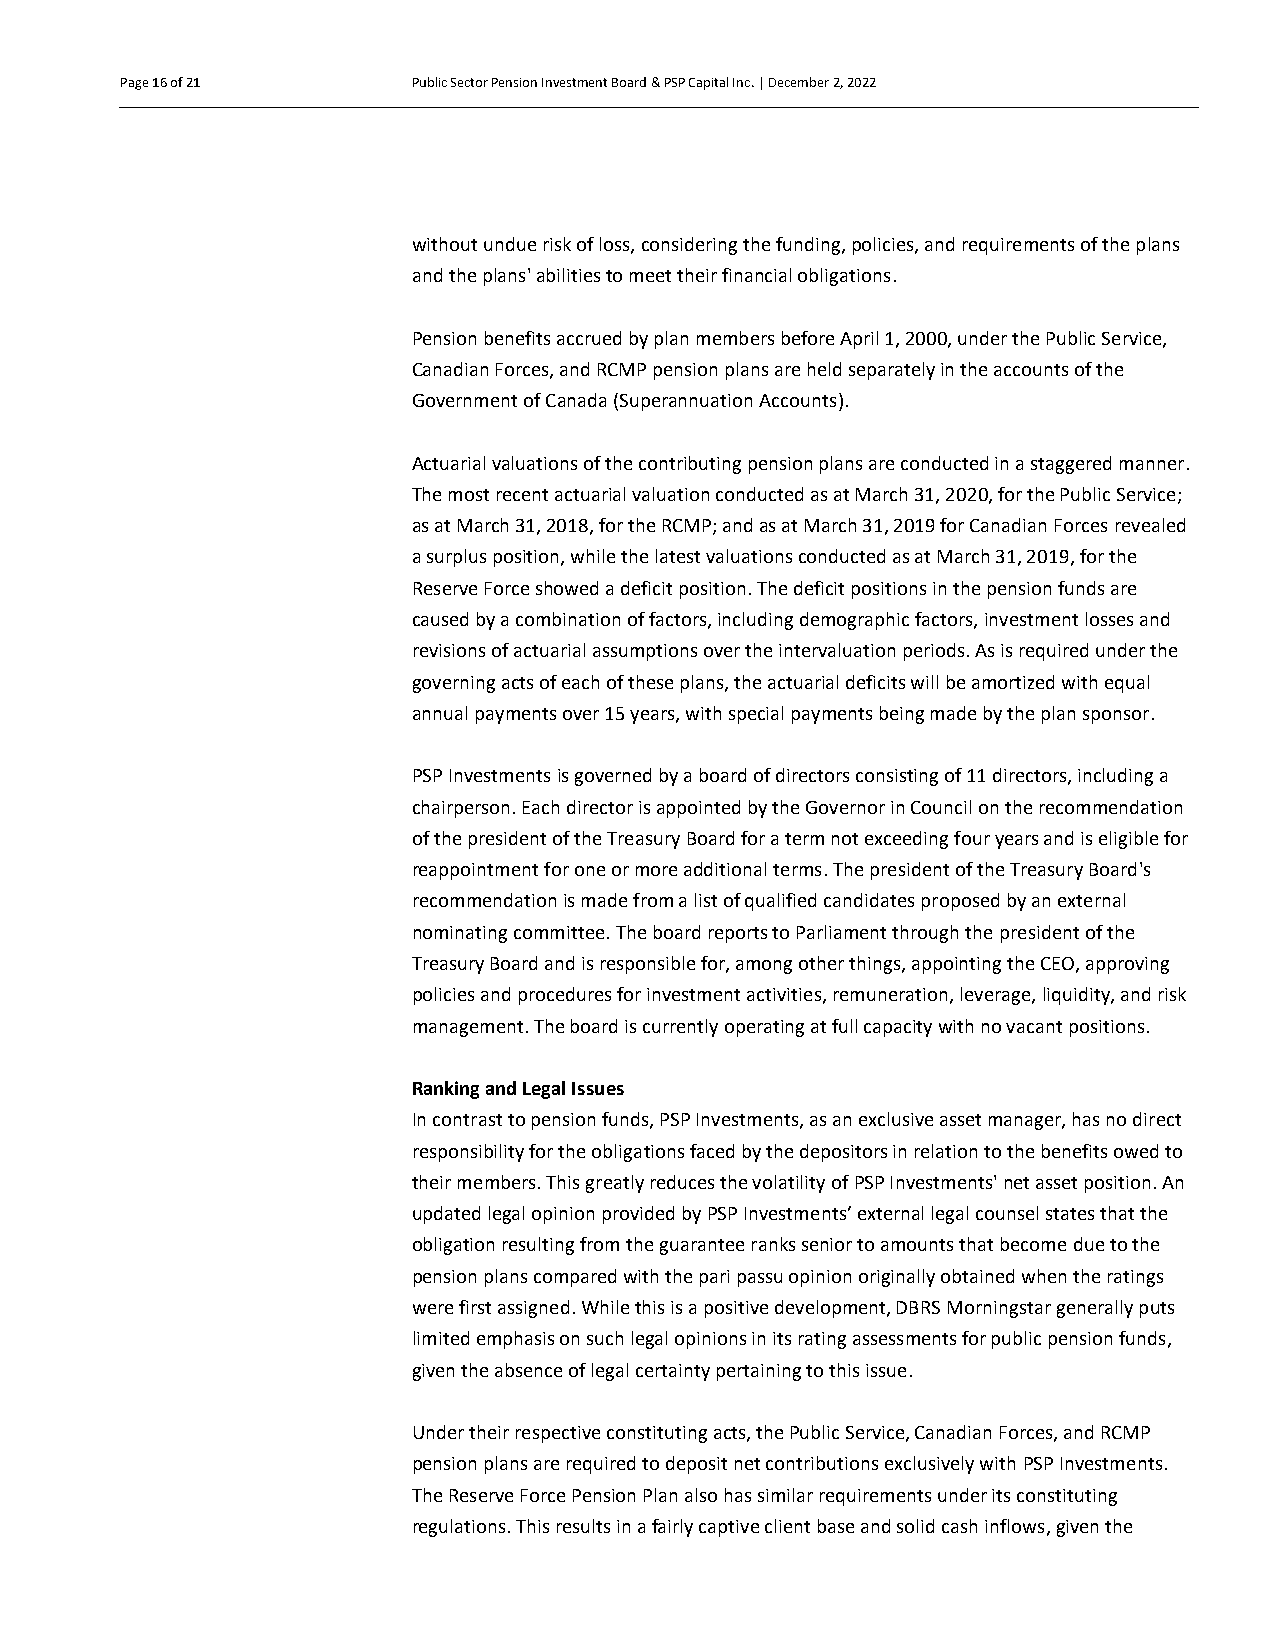
Page 16 of 21      Public Sector Pension Investment Board & PSP Capital Inc. | December 2, 2022
 Page 16 of 21
 Page 16 of 21
 Page 16 of 21
 without undue risk of loss, considering the funding, policies, and requirements of the plans
 Page 16 of 21
 and the plans' abilities to meet their financial obligations.
 Page 16 of 21
 Pension benefits accrued by plan members before April 1, 2000, under the Public Service,
 Page 16 of 21
 Canadian Forces, and RCMP pension plans are held separately in the accounts of the
 Page 16 of 21      Government of Canada (Superannuation Accounts).
 Actuarial valuations of the contributing pension plans are conducted in a staggered manner.
 The most recent actuarial valuation conducted as at March 31, 2020, for the Public Service;
 as at March 31, 2018, for the RCMP; and as at March 31, 2019 for Canadian Forces revealed
 a surplus position, while the latest valuations conducted as at March 31, 2019, for the
 Reserve Force showed a deficit position. The deficit positions in the pension funds are
 caused by a combination of factors, including demographic factors, investment losses and
 revisions of actuarial assumptions over the intervaluation periods. As is required under the
 governing acts of each of these plans, the actuarial deficits will be amortized with equal
 annual payments over 15 years, with special payments being made by the plan sponsor.
 PSP Investments is governed by a board of directors consisting of 11 directors, including a
 chairperson. Each director is appointed by the Governor in Council on the recommendation
 of the president of the Treasury Board for a term not exceeding four years and is eligible for
 reappointment for one or more additional terms. The president of the Treasury Board's
 recommendation is made from a list of qualified candidates proposed by an external
 nominating committee. The board reports to Parliament through the president of the
 Treasury Board and is responsible for, among other things, appointing the CEO, approving
 policies and procedures for investment activities, remuneration, leverage, liquidity, and risk
 management. The board is currently operating at full capacity with no vacant positions.
 Ranking and Legal Issues
 In contrast to pension funds, PSP Investments, as an exclusive asset manager, has no direct
 responsibility for the obligations faced by the depositors in relation to the benefits owed to
 their members. This greatly reduces the volatility of PSP Investments' net asset position. An
 updated legal opinion provided by PSP Investments’ external legal counsel states that the
 obligation resulting from the guarantee ranks senior to amounts that become due to the
 pension plans compared with the pari passu opinion originally obtained when the ratings
 were first assigned. While this is a positive development, DBRS Morningstar generally puts
 limited emphasis on such legal opinions in its rating assessments for public pension funds,
 given the absence of legal certainty pertaining to this issue.
 Under their respective constituting acts, the Public Service, Canadian Forces, and RCMP
 pension plans are required to deposit net contributions exclusively with PSP Investments.
 The Reserve Force Pension Plan also has similar requirements under its constituting
 regulations. This results in a fairly captive client base and solid cash inflows, given the